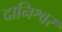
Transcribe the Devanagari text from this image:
दानिश्वर